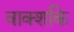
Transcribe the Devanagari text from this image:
वाक्शकि